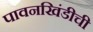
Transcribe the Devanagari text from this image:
पावनखिंडीची